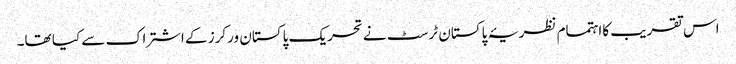
اس تقریب کااہتمام نظریۂ پاکستان ٹرسٹ نے تحریک پاکستان ورکرز کے اشتراک سے کیا تھا۔